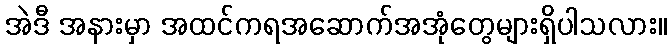
အဲဒီ အနားမှာ အထင်ကရအဆောက်အအုံတွေများရှိပါသလား။